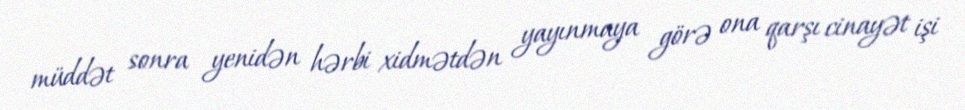
müddət sonra yenidən hərbi xidmətdən yayınmaya görə ona qarşı cinayət işi